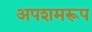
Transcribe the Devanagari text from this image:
अपशमरूप